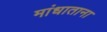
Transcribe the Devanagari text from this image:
मांधाताना